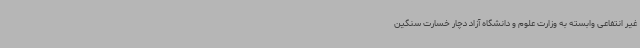
غیر انتفاعی وابسته به وزارت علوم و دانشگاه آزاد دچار خسارت سنگین